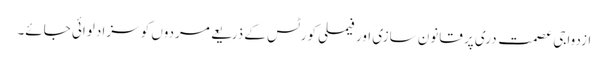
ازدواجی عصمت دری پر قانون سازی اور فیملی کورٹس کے ذریعے مردوں کو سزا دلوائی جائے۔